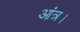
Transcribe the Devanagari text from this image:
आंत्र।